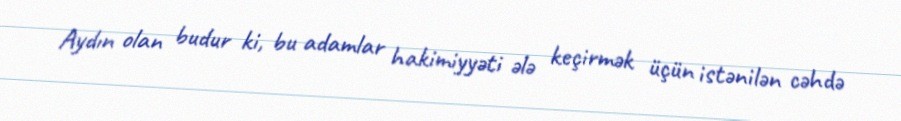
Aydın olan budur ki, bu adamlar hakimiyyəti ələ keçirmək üçün istənilən cəhdə